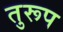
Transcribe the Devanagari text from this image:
तुरूप